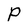
Character: P